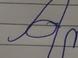
Signature authenticity: forged